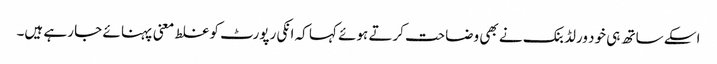
اسکے ساتھ ہی خود ورلڈ بنک نے بھی وضاحت کرتے ہوئے کہا کہ انکی رپورٹ کو غلط معنی پہنا ئے جا رہے ہیں۔